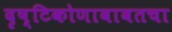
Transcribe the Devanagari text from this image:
दृष्टिकोणाबाबतचा